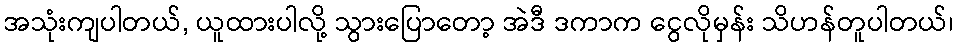
အသုံးကျပါတယ်, ယူထားပါလို့ သွားပြောတော့ အဲဒီ ဒကာက ငွေလိုမှန်း သိဟန်တူပါတယ်၊